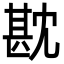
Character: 㽎